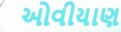
ઓવીયાણ